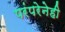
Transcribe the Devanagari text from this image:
परंपरेनेही